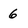
Character: 6